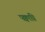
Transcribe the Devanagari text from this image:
पक्वाग्नि